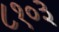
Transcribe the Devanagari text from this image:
८१०३